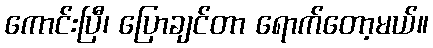
ကောင်းပြီ၊ ပြောချင်တာ ရောက်တော့မယ်။